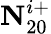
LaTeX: \textbf{N}_{20}^{i+}